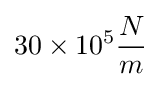
30\times 10^{5}{\frac {N}{m}}